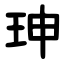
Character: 珅